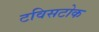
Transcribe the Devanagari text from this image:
टविसटोक